Malaria in the Punjab - Number 46
Disease focus: Malaria
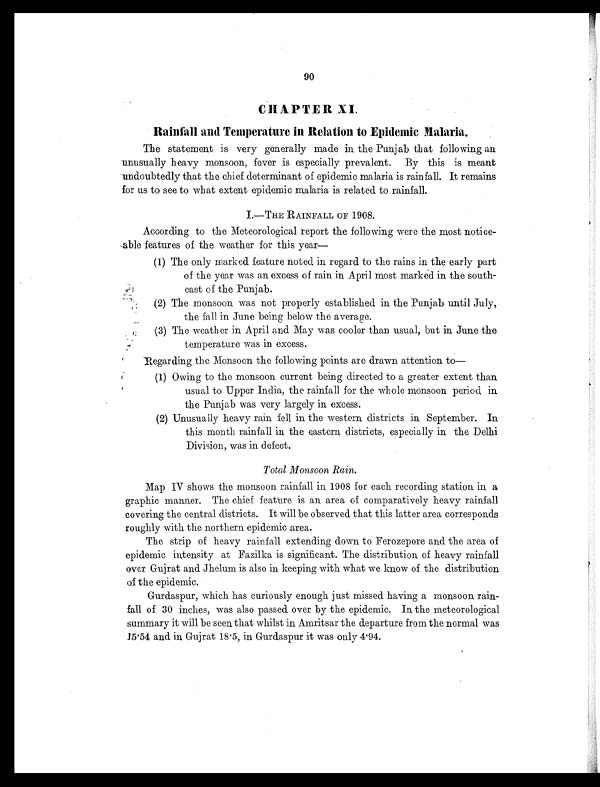
90
CHAPTER XI.
Rainfall and Temperature in Relation to Epidemic Malaria.
The statement is very generally made in the Punjab that following an
unusually heavy monsoon, fever is especially prevalent. By this is meant
undoubtedly that the chief determinant of epidemic malaria is rainfall. It remains
for us to see to what extent epidemic malaria is related to rainfall.
I.—THE RAINFALL OF 1908.
According to the Meteorological report the following were the most notice-
able features of the weather for this year—
(1) The only marked feature noted in regard to the rains in the early part
of the year was an excess of rain in April most marked in the south-
east of the Punjab.
(2) The monsoon was not properly established in the Punjab until July,
the fall in June being below the average.
(3) The weather in April and May was cooler than usual, but in June the
temperature was in excess.
Regarding the Monsoon the following points are drawn attention to
—
(1) Owing to the monsoon current being directed to a greater extent than
usual to Upper India, the rainfall for the whole monsoon period in
the Punjab was very largely in excess.
(2) Unusually heavy rain fell in. the western districts in September. In
this month rainfall in the eastern districts, especially in the Delhi
Division, was in defect.
Total Monsoon Rain.
Map IV shows the monsoon rainfall in 1908 for each recording station in a
graphic manner. The chief feature is an area of comparatively heavy rainfall
covering the central districts. It will be observed that this latter area corresponds
roughly with the northern epidemic area.
The strip of heavy rainfall extending down to Ferozepore and the area of
epidemic intensity at Fazilka is significant. The distribution of heavy rainfall
over Gujrat and Jhelum is also in keeping with what we know of the distribution
of the epidemic.
Gurdaspur, which has curiously enough just missed having a monsoon rain-
fall of 30 inches, was also passed over by the epidemic. In the meteorological
summary it will be seen that whilst in Amritsar the departure from the normal was
15.54 and in Gujrat 18.5, in Gurdaspur it was only 4.94.